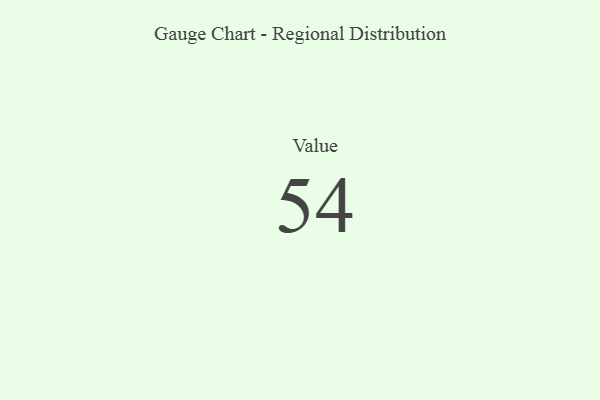
{"axis": {"x": "Metric", "y": "Value"}, "legend": [""], "data": [{"x": "Value", "y": 54, "type": ""}]}